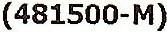
(481500-M)